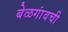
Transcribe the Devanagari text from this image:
बेळगांवची